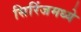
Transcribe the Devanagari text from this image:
सिरिंजमध्ये